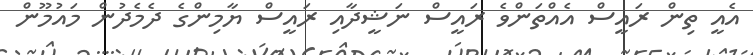
އެއީ ތިން ރައީސް އެއްތަންވެ ރައީސް ނަޝީދާއި ރައީސް ޔާމިންގެ ދެމެދުން މައުމޫން